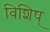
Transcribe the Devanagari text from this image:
विशिष्